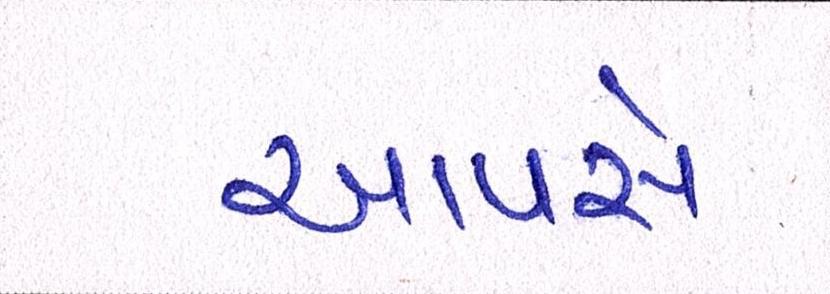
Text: આપસે